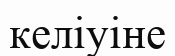
келіуіне